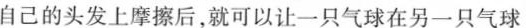
自己的头发上摩擦后，就可以让一只气球在另一只气球